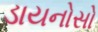
ડાયનોસો